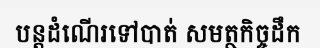
បន្តដំណើរទៅបាត់ សមត្ថកិច្ចដឹក